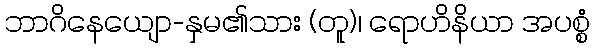
ဘာဂိနေယျော-နှမ၏သား (တူ)၊ ရောဟိနိယာ အပစ္စံ